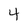
Character: 4